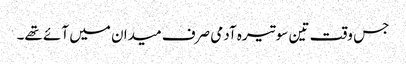
جس وقت تین سو تیرہ آدمی صرف میدان میں آئے تھے۔